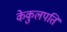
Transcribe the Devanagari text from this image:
केकुलपति